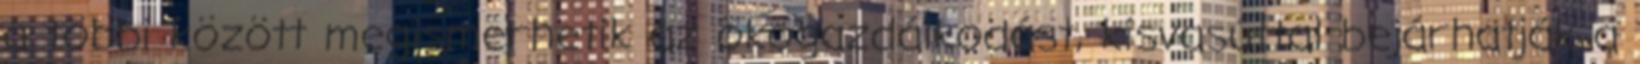
a többi között megismerhetik az ökogazdálkodást, kisvasúttal bejárhatják a